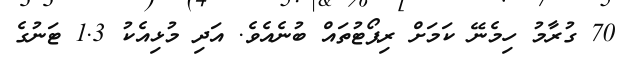
70 ގުރާމު ހިމެނޭ ކަމަށް ރިޕޯޓުތައް ބުނެއެވެ. އަދި މުޅިއެކު 1.3 ޓަނުގެ